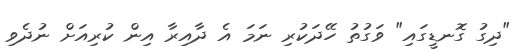
"ދިގު ގޮނޑީގައި" ވަގުތު ހޭދަކުރި ނަމަ އެ ދާއިރާ އިން ކުރިއަށް ނުދެވި